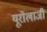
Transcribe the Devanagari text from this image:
यूरोलाजी